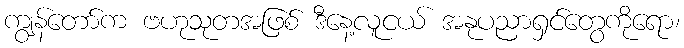
ကျွန်တော်က ဗဟုသုတအဖြစ် ဒီနေ့လူငယ် အနုပညာရှင်တွေကိုရော၊